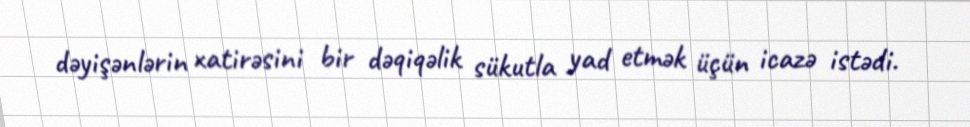
dəyişənlərin xatirəsini bir dəqiqəlik sükutla yad etmək üçün icazə istədi.